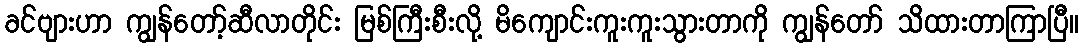
ခင်ဗျားဟာ ကျွန်တော့်ဆီလာတိုင်း မြစ်ကြီးစီးလို့ မိကျောင်းကူးကူးသွားတာကို ကျွန်တော် သိထားတာကြာပြီ။